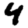
Digit: 4